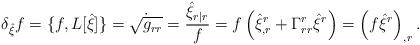
LaTeX: \begin{align*}\delta_{\hat\xi}f=\{f,L[\hat\xi]\}=\dot{\sqrt{g_{rr}}}=\frac{\hat\xi_{r|r}}{f}=f\left(\hat\xi^r_{,r}+\Gamma^r_{rr}\hat\xi^r \right)=\left( f\hat\xi^r\right)_{,r}.\end{align*}